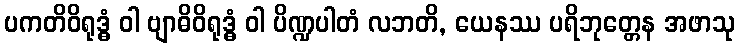
ပကတိဝိရုဒ္ဓံ ဝါ ဗျာဓိဝိရုဒ္ဓံ ဝါ ပိဏ္ဍပါတံ လဘတိ, ယေနဿ ပရိဘုတ္တေန အဖာသု